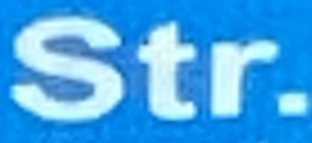
Str.